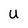
Character: U